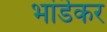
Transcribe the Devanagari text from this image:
भांडॆकर